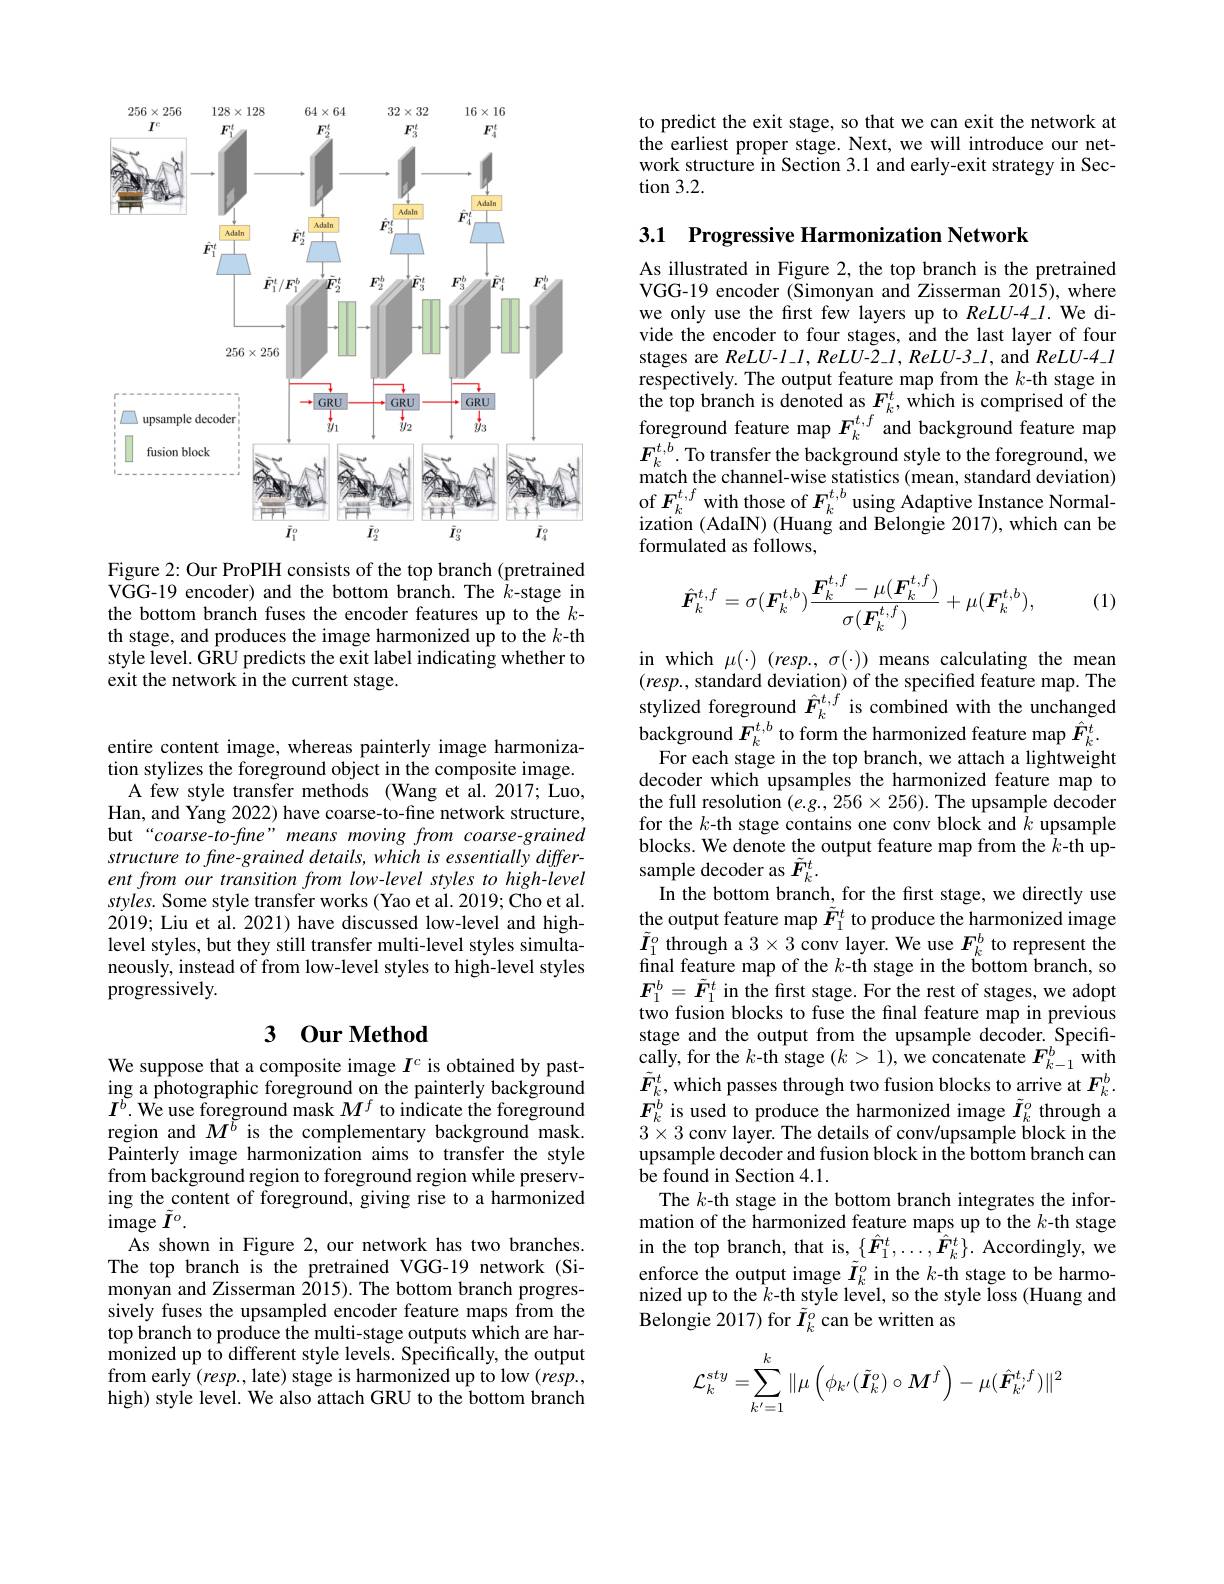
<FigureHere>

Figure 2: Our ProPIH consists of the top branch (pretrained VGG-19 encoder) and the bottom branch. The $\hat{k}$-stage in the bottom branch fuses the encoder features up to the $k$- th stage, and produces the image harmonized up to the $k$-th style level. GRU predicts the exit label indicating whether to exit the network in the current stage.

entire content image, whereas painterly image harmonization stylizes the foreground object in the composite image.
A few style transfer methods (Wang et al.2017; Luo, Han, and Yang 2022) have coarse-to-fine network structure, but“coarse-to-fine” means moving from coarse-grained structure to fine-grained details, which is essentially different from our transition from low-level styles to high-level styles. Some style transfer works (Yao et al.2019; Cho et al. 2019; Liu et al. 2021) have discussed low-level and highlevel styles, but they still transfer multi-level styles simultaneously, instead of from low-level styles to high-level styles progressively.

## 3 0ur Method

We suppose that a composite image $I^c$ is obtained by pasting a photographic foreground on the painterly background $\boldsymbol{I}^{b}.$ We use foreground mask $M^f$ to indicate the foreground region and $M^{\breve{b}}$ is the complementary background mask. Painterly image harmonization aims to transfer the style from background region to foreground region while preserving the content of foreground, giving rise to a harmonized ${\mathrm{image~}\tilde{I}^o}.$
As shown in Figure 2, our network has two branches. The top branch is the pretrained VGG-19 network (Simonyan and Zisserman 2015). The bottom branch progressively fuses the upsampled encoder feature maps from the top branch to produce the multi-stage outputs which are harmonized up to different style levels. Specifically, the output from early $(resp.$, late) stage is harmonized up to low $(resp.$, high) style level. We also attach GRU to the bottom branch

to predict the exit stage, so that we can exit the network at the earliest proper stage. Next, we will introduce our network structure in Section 3.1 and early-exit strategy in Section 3.2.

3.1 Progressive Harmonization Network

As illustrated in Figure 2, the top branch is the pretrained VGG-19 encoder (Simonyan and Zisserman 2015), where we only use the first few layers up to $ReLU-4\_1.$ We divide the encoder to four stages, and the last layer of four stages are ReLU-1.1, ReLU-2.1, ReLU-3.1, and ReLU-4.1 respectively. The output feature map from the $k$-th stage in the top branch is denoted as $F_k^t$, which is comprised of the foreground feature map $F_k^{t,f}$ and background feature map $\boldsymbol{F}_{k}^{t,b}.$ To transfer the background style to the foreground, we match the channel-wise statistics (mean, standard deviation) of $F_k^{t,f}$ with those of $F_k^{t,b}$ using Adaptive Instance Normalization (AdaIN) (Huang and Belongie 2017), which can be formulated as follows,
$$\hat{\boldsymbol{F}}_{k}^{t,f}=\sigma(\boldsymbol{F}_{k}^{t,b})\frac{\boldsymbol{F}_{k}^{t,f}-\mu(\boldsymbol{F}_{k}^{t,f})}{\sigma(\boldsymbol{F}_{k}^{t,f})}+\mu(\boldsymbol{F}_{k}^{t,b}),$$
(1)

in which $\mu(\cdot)$ (resp., $\sigma(\cdot))$ means calculating the mean $(resp.$, standard deviation) of the specified feature map. The stylized foreground $\hat{\boldsymbol{F}}_k^{t,f}$ is combined with the unchanged background $F_{k}^{t,b}$ to form the harmonized feature map $\hat{F}_{k}^{t}.$
For each stage in the top branch, we attach a lightweight decoder which upsamples the harmonized feature map to the full resolution $(e.g.,256\times256).$ The upsample decoder for the $k$-th stage contains one conv block and $\hat{k}$ upsample blocks. We denote the output feature map from the $k$-th upsample decoder as $\tilde{F}_k^t.$
In the bottom branch, for the first stage, we directly use the output feature map $\tilde{F}_1^t$ to produce the harmonized image $\tilde{I}_{1}^{o}$ through a $3\times3$ conv layer. We use $F_k^{b}$ to represent the final feature map of the $k$-th stage in the bottom branch, so $\boldsymbol{F}_{1}^{b}=\tilde{\boldsymbol{F}}_{1}^{t}$ in the first stage. For the rest of stages, we adopt two fusion blocks to fuse the final feature map in previous stage and the output from the upsample decoder. Specifically, for the $k$-th stage $(k>1)$,we concatenate $F_{k-1}^{b}$ with $\tilde{F}_{k_{i}}^{t}$, which passes through two fusion blocks to arrive at $F_k^{b}.$ $\boldsymbol{F}_{k}^{b}$ is used to produce the harmonized image $\tilde{\boldsymbol{I}}_{k}^{o}$ through a $3\times3$ conv layer. The details of conv/upsample block in the upsample decoder and fusion block in the bottom branch can $\tilde{\text{be found in Section 4.1.}}$
The $k$-th stage in the bottom branch integrates the information of the harmonized feature maps up to the $k$-th stage in the top branch, that is, $\{\hat{\boldsymbol{F}}_{1}^{t},\ldots,\hat{\boldsymbol{F}}_{k}^{t}\}.$ Accordingly, we enforce the output image $\tilde{I}_k^o$ in the $k$-th stage to be harmonized up to the $\hat{k}$-th style level, so the style Voss(Huang and $\hat{\mathrm{Belongie~2017}})$ for $\tilde{I}_{k}^{o}$ can be written as
$$\mathcal{L}_k^{sty}=\sum\limits_{k'=1}^k\|\mu\left(\phi_{k'}(\tilde{\boldsymbol{I}}_k^p)\circ\boldsymbol{M}^f\right)-\mu(\hat{\boldsymbol{F}}_{k'}^{t,f})\|^2$$